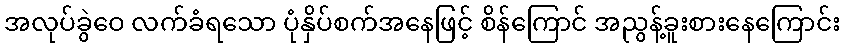
အလုပ်ခွဲဝေ လက်ခံရသော ပုံနှိပ်စက်အနေဖြင့် စိန်ကြောင် အညွန့်ခူးစားနေကြောင်း